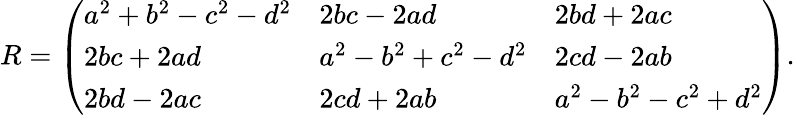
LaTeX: R={\left(\begin{array}{lll}{a^{2}+b^{2}-c^{2}-d^{2}}&{2bc-2ad}&{2bd+2ac}\\ {2bc+2ad}&{a^{2}-b^{2}+c^{2}-d^{2}}&{2cd-2ab}\\ {2bd-2ac}&{2cd+2ab}&{a^{2}-b^{2}-c^{2}+d^{2}}\end{array}\right)}.